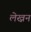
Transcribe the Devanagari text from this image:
लेख्नन